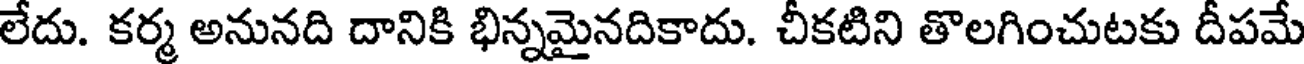
లేదు. కర్మ అనునది దానికి భిన్నమైనదికాదు. చీకటిని తొలగించుటకు దీపమే